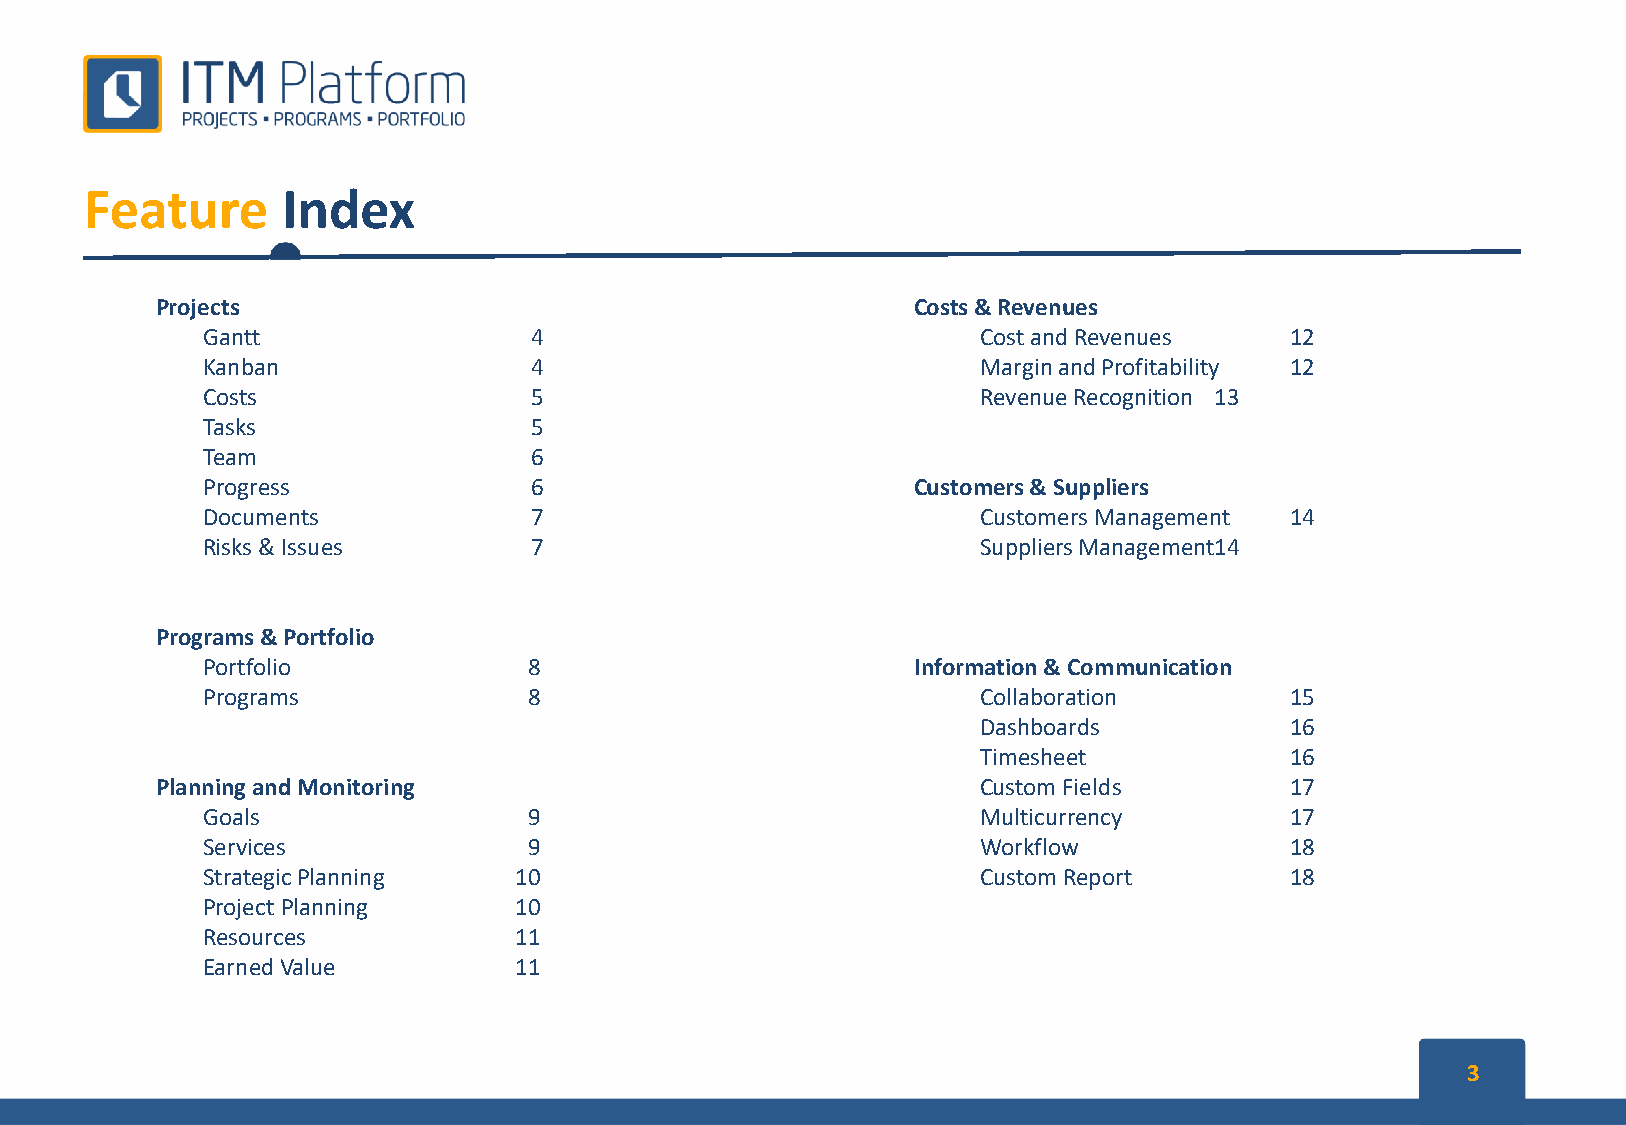
Feature      Index
 Projects                                          Costs & Revenues
 Gantt                 4                             Cost and Revenues   12
 Kanban                4                             Margin and Profitability 12
 Costs                 5                             Revenue Recognition 13
 Tasks                 5
 Team                  6
 Progress              6                        Customers & Suppliers
 Documents             7                             Customers Management 14
 Risks & Issues        7                             Suppliers Management14
 Programs&Portfolio
 Portfolio             8                        Information & Communication
 Programs              8                             Collaboration       15
 Dashboards          16
 Timesheet           16
 PlanningandMonitoring                                  Custom Fields       17
 Goals                 9                             Multicurrency       17
 Services              9                             Workflow            18
 StrategicPlanning    10                             Custom Report       18
 ProjectPlanning      10
 Resources            11
 EarnedValue          11
 3